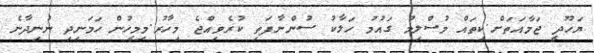
ޔަހޫދީ ޖަމާއަތަށް.ކިތައް މުސްލިމު ގައުމު ހަލާކު ސުންނާފަތި ކުރެވިއްޖެ މިހާރު.މިމީހުން ހަމަނިދި ނުނިދާނެ